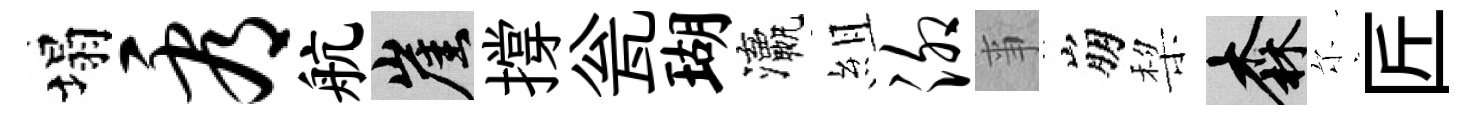
塌看航崖撐瓮瑚瀛組泖亊崩棃森尓匠